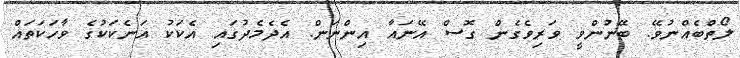
ލޯތްބެއްނުވޭ. ބޭނުންވީ ވަރިވެގެން ގޮސް އޭނައާ އިންނަން. އެދެމެދުގައި އެކަކު އަނެކަކުގެ ވާހަކަތައް